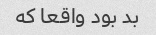
بد بود واقعا که